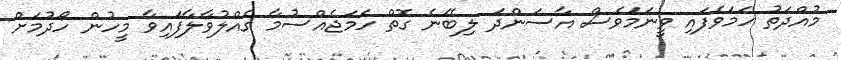
މުއްދަތު ހަމަވެފައި ވީނަމަވެސް އާސަންދަ ލިބޭނެ ގޮތް ހަމަޖެއްސުމާ ގެއްލުވާލާފައިވާ މީހުން ހޯދުމަށް